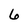
Character: 6